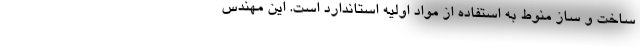
ساخت و ساز منوط به استفاده از مواد اولیه استاندارد است. این مهندس